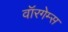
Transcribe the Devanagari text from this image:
वॉरगेम्स